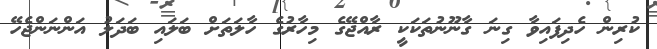
ކުރިން ހެދިފައިވާ ގިނަ ގާނޫނުތަކަކީ ރާއްޖޭގެ މިހާރުގެ ހާލަތަށް ބަލައި ބަދަލު އަންނަންޖެހޭ